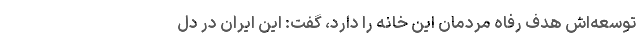
توسعه‌اش هدفِ رفاه مردمان این خانه را دارد، گفت: این ایران در دلِ